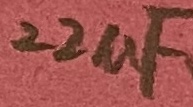
Text: 22uF